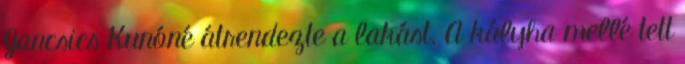
Jancsics Kunóné átrendezte a lakást. A kályha mellé tett